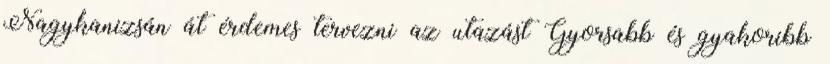
Nagykanizsán át érdemes tervezni az utazást Gyorsabb és gyakoribb